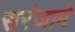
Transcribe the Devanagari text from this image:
सरंजामे